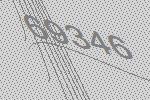
69346